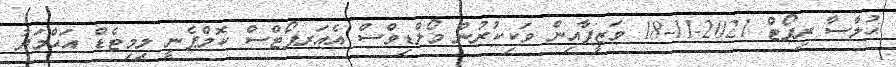
ޙުލާސާ ރިޕޯޓް 2021-11-18 ވަޒީފާއިން ވަކިކުރުން މޯލްޑިވްސް އެއަރޕޯޓްސް ކޮމްޕެނީ ލިމިޓެޑް އަޙްމަދު